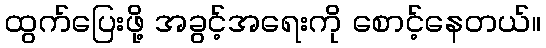
ထွက်ပြေးဖို့ အခွင့်အရေးကို စောင့်နေတယ်။